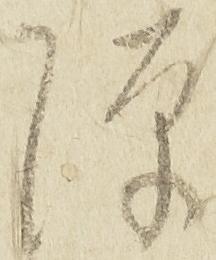
隙